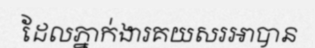
ដែលភ្នាក់ងារគយសរអាបាន